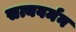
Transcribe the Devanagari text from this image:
सत्यवर्मन